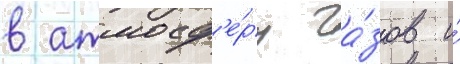
в атмосф'е́ру га́зов и́